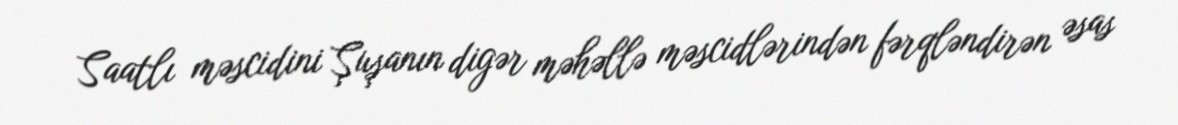
Saatlı məscidini Şuşanın digər məhəllə məscidlərindən fərqləndirən əsas